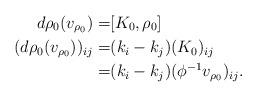
LaTeX: \begin{align*}d\rho_0(v_{\rho_0})=&[K_0,\rho_0] \\ (d\rho_0(v_{\rho_0}))_{ij}=&(k_i - k_j) (K_0)_{ij} \\ =& (k_i - k_j) (\phi^{-1}v_{\rho_0})_{ij}.\end{align*}